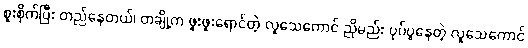
စူးစိုက်ပြီး တည်နေတယ်၊ တချို့က ဖူးဖူးရောင်တဲ့ လူသေကောင် ညိုမည်း ပုပ်ပွနေတဲ့ လူသေကောင်